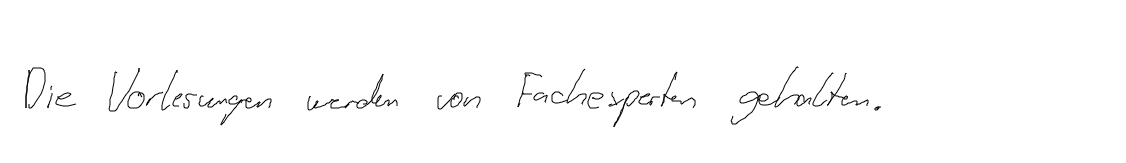
Die Vorlesungen werden von Fachexperten gehalten.